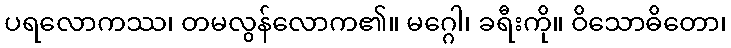
ပရလောကဿ၊ တမလွန်လောက၏။ မဂ္ဂေါ၊ ခရီးကို။ ဝိသောဓိတော၊